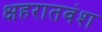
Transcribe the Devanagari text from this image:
क्षहरातवंश